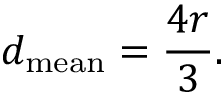
d _ { \mathrm { m e a n } } = \frac { 4 r } { 3 } .